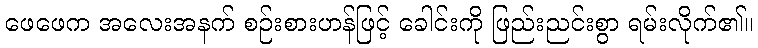
ဖေဖေက အလေးအနက် စဉ်းစားဟန်ဖြင့် ခေါင်းကို ဖြည်းညင်းစွာ ရမ်းလိုက်၏။